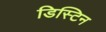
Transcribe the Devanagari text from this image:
डिस्टिन